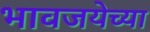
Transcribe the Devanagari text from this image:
भावजयेच्या